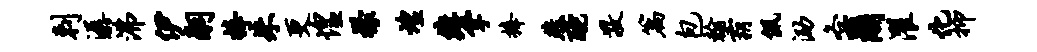
剌潺沸伊嗣捧朱更惶檬煌缠掌捧燕酡敬篇包翰霸佩泐各尔濯化抑